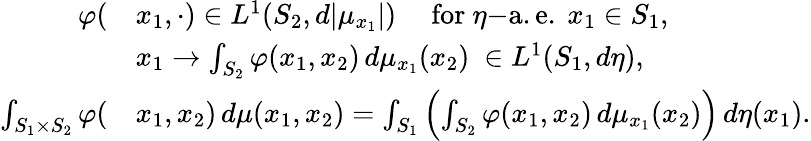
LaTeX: \begin{array}{rl}{\varphi(}&{x_{1},\cdot)\in L^{1}(S_{2},d|\mu_{x_{1}}|)\quad\mathrm{~for~}\eta\mathrm{-a.e.~}x_{1}\in S_{1},}\\ &{x_{1}\to\int_{S_{2}}\varphi(x_{1},x_{2})\, d\mu_{x_{1}}(x_{2})\ \in L^{1}(S_{1},d\eta),}\\ {\int_{S_{1}\times S_{2}}\varphi(}&{x_{1},x_{2})\, d\mu(x_{1},x_{2})=\int_{S_{1}}\left(\int_{S_{2}}\varphi(x_{1},x_{2})\, d\mu_{x_{1}}(x_{2})\right)\, d\eta(x_{1}).}\end{array}